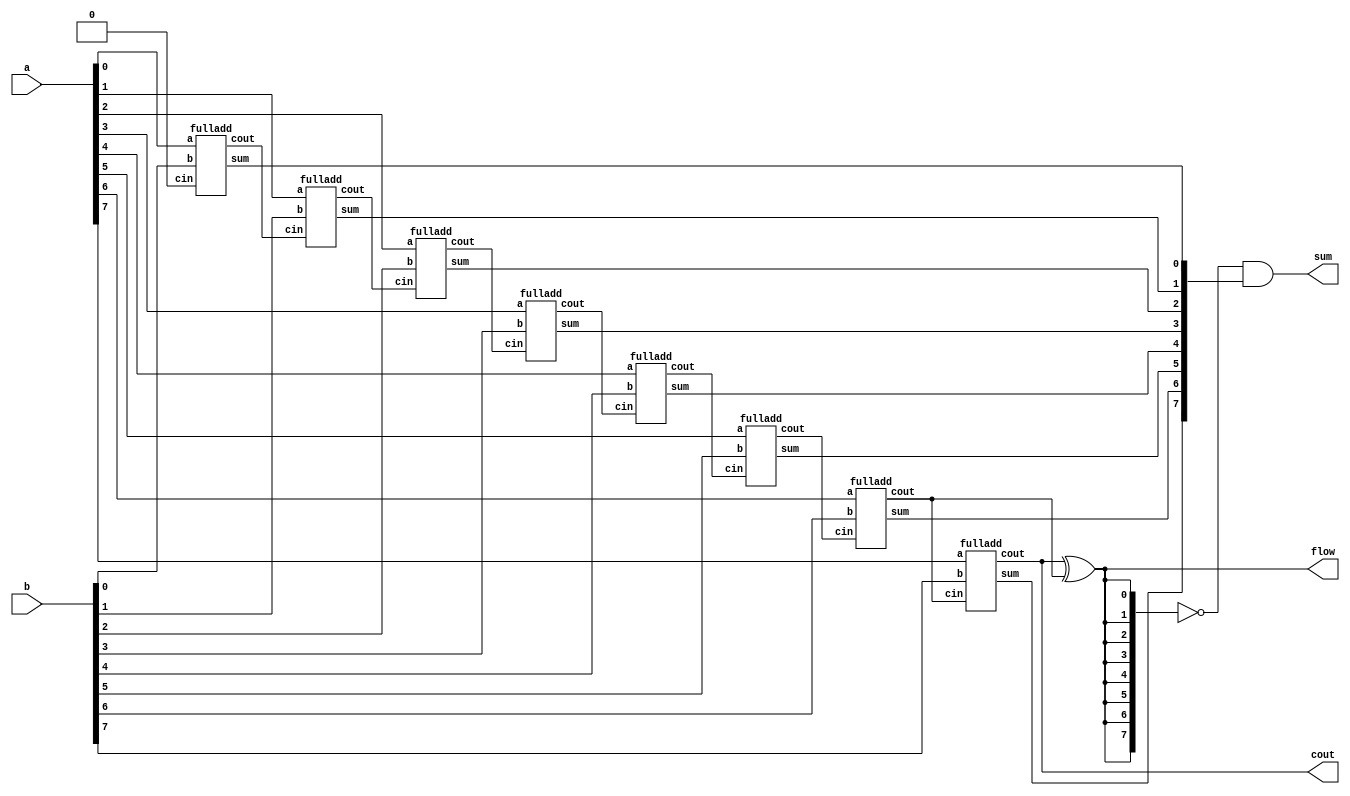
`timescale 1ns / 1ps
//////////////////////////////////////////////////////////////////////////////////
// Company: 
// Engineer: 
// 
// Design Name: 
// Module Name:    adder8bit 
// Project Name: 
// Target Devices: 
// Tool versions: 
// Description: 
//
// Dependencies: 
//
// Revision: 
// Revision 0.01 - File Created
// Additional Comments: 
//
//////////////////////////////////////////////////////////////////////////////////
module adder8bit(
input [7:0]a,
input [7:0]b,
output [7:0]sum,
output cout,
output flow
    );
wire c[6:0];
wire cin;
wire [7:0]over;
wire [7:0]SUM;
assign cin=1'b0;
	fulladd f0( .a( a[0] ), .b( b[0] ), .cin( cin ), .sum( SUM[0]), .cout( c[0]) );
	fulladd f1( .a( a[1] ), .b( b[1] ), .cin( c[0] ), .sum( SUM[1]), .cout(c[1]) );
	fulladd f2( .a( a[2] ), .b( b[2] ), .cin( c[1] ), .sum( SUM[2]), .cout(c[2]) );
	fulladd f3( .a( a[3] ), .b( b[3] ), .cin( c[2] ), .sum( SUM[3]), .cout(c[3]) );
	fulladd f4( .a( a[4] ), .b( b[4] ), .cin( c[3] ), .sum( SUM[4]), .cout(c[4]) );
	fulladd f5( .a( a[5] ), .b( b[5] ), .cin( c[4] ), .sum( SUM[5]), .cout(c[5]) );
	fulladd f6( .a( a[6] ), .b( b[6] ), .cin( c[5] ), .sum( SUM[6]), .cout(c[6]) );
	fulladd f7( .a( a[7] ), .b( b[7] ), .cin( c[6] ), .sum( SUM[7]), .cout(cout) );
assign flow=cout^c[6];
assign over[0]=flow;
assign over[1]=flow;
assign over[2]=flow;
assign over[3]=flow;
assign over[4]=flow;
assign over[5]=flow;
assign over[6]=flow;
assign over[7]=flow;
assign sum=(~over)&SUM;

endmodule
 
module fulladd(a,b,cin,sum,cout);
input a;
input b;
input cin;
output sum;
output cout;
assign sum=(a^b^cin);
assign cout=((a^b)& cin)| (a&b);

endmodule